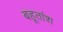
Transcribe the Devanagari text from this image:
बहूतांश